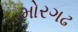
મોરગઢ